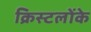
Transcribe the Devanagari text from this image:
क्रिस्टलोंके